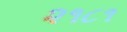
૨૧૮૧